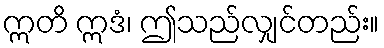
ဣတိ ဣဒံ၊ ဤသည်လျှင်တည်း။